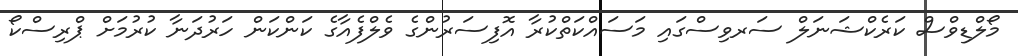
މޯލްޑިވްސް ކަރެކްޝަނަލް ސަރވިސްގައި މަސައްކަތްކުރާ އޮފިސަރުންގެ ވެލްފެއާގެ ކަންކަން ހަރުދަނާ ކުރުމަށް ޕްރިސްކޯ